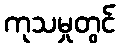
ကုသမှုတွင်